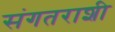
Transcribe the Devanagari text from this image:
संगतराशी